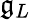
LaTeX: \mathfrak{g}_{L}